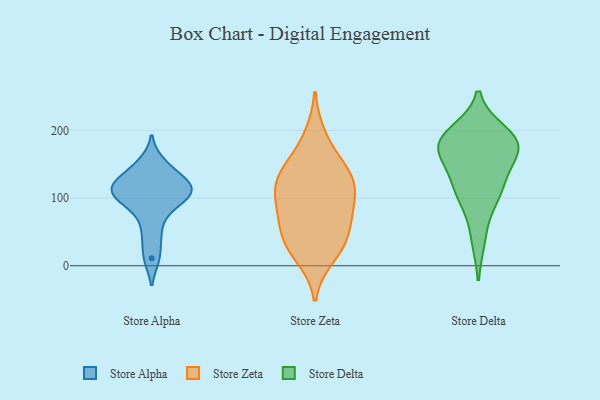
{"axis": {"x": "Demand Index", "y": "Value"}, "legend": ["Store Alpha", "Store Delta", "Store Zeta"], "data": [{"x": "", "y": 45, "type": "Store Alpha"}, {"x": "", "y": 100, "type": "Store Alpha"}, {"x": "", "y": 101, "type": "Store Alpha"}, {"x": "", "y": 134, "type": "Store Alpha"}, {"x": "", "y": 111, "type": "Store Alpha"}, {"x": "", "y": 121, "type": "Store Alpha"}, {"x": "", "y": 107, "type": "Store Alpha"}, {"x": "", "y": 77, "type": "Store Alpha"}, {"x": "", "y": 153, "type": "Store Alpha"}, {"x": "", "y": 124, "type": "Store Alpha"}, {"x": "", "y": 11, "type": "Store Alpha"}, {"x": "", "y": 118, "type": "Store Zeta"}, {"x": "", "y": 31, "type": "Store Zeta"}, {"x": "", "y": 191, "type": "Store Zeta"}, {"x": "", "y": 85, "type": "Store Zeta"}, {"x": "", "y": 75, "type": "Store Zeta"}, {"x": "", "y": 136, "type": "Store Zeta"}, {"x": "", "y": 104, "type": "Store Zeta"}, {"x": "", "y": 128, "type": "Store Zeta"}, {"x": "", "y": 35, "type": "Store Zeta"}, {"x": "", "y": 14, "type": "Store Zeta"}, {"x": "", "y": 126, "type": "Store Zeta"}, {"x": "", "y": 155, "type": "Store Zeta"}, {"x": "", "y": 71, "type": "Store Zeta"}, {"x": "", "y": 41, "type": "Store Zeta"}, {"x": "", "y": 189, "type": "Store Delta"}, {"x": "", "y": 167, "type": "Store Delta"}, {"x": "", "y": 180, "type": "Store Delta"}, {"x": "", "y": 40, "type": "Store Delta"}, {"x": "", "y": 103, "type": "Store Delta"}, {"x": "", "y": 175, "type": "Store Delta"}, {"x": "", "y": 99, "type": "Store Delta"}, {"x": "", "y": 179, "type": "Store Delta"}, {"x": "", "y": 129, "type": "Store Delta"}, {"x": "", "y": 175, "type": "Store Delta"}, {"x": "", "y": 124, "type": "Store Delta"}, {"x": "", "y": 196, "type": "Store Delta"}]}